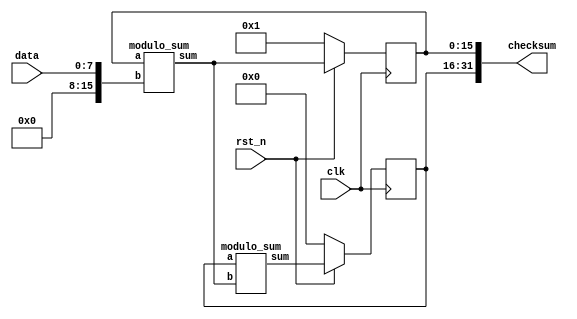
module adler32_acc (
  input         rst_n, clk,
  input  [ 7:0] data,
  output [31:0] checksum
);

  reg  [15:0] A, B;
  wire [15:0] modulo_add_A, modulo_add_B;

  // checksum output
  assign checksum = { B, A };

  // A register
  always @( posedge clk )
    if( !rst_n )
      A <= 1;
    else
      A <= modulo_add_A;

  // B register
  always @( posedge clk )
    if( !rst_n )
      B <= 0;
    else
      B <= modulo_add_B;

  modulo_sum sum_A (
    A, {8'h00, data}, modulo_add_A );

  modulo_sum sum_B (
    B, modulo_add_A, modulo_add_B );

endmodule

module modulo_sum(
  input      [15:0] a, b,
  output reg [15:0] sum
);

  reg [16:0] tmp_sum;

  always @( a, b ) begin
    tmp_sum = a + b;
    if( tmp_sum >= 65521 )
      sum = tmp_sum - 65521;
    else
      sum = tmp_sum;
  end

endmodule